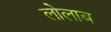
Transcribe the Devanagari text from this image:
लोलाब